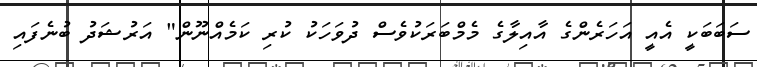
ސަބަބަކީ އެއީ އަހަރެންގެ އާއިލާގެ މެމްބަރަކުވެސް ދުވަހަކު ކުރި ކަމެއްނޫން" އަރުޝަދު ބުނެފައި